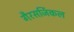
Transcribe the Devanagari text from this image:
गैरसर्जिकल